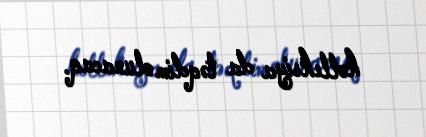
kolleksiya da təqdim olunacaq.